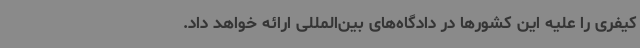
کیفری را علیه این کشورها در دادگاه‌های بین‌المللی ارائه خواهد داد.